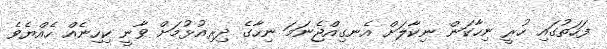
ފަހަތުގައި ހުރީ ނިހާކަން ނިކާލަށް އެނގިއްޖެނަމަ ނިހާގެ ދިރިއުޅުމަށް ވާނީ ކިހިނެއް ހެއްޔެވެ